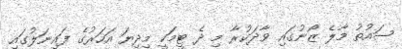
ސައުތު މާލެ ޒޯނުގައި ވާދަކުރާ މި ދެ ޓީމަކީ މިދިޔަ އަހަރުގެ ފައިނަލުގައި